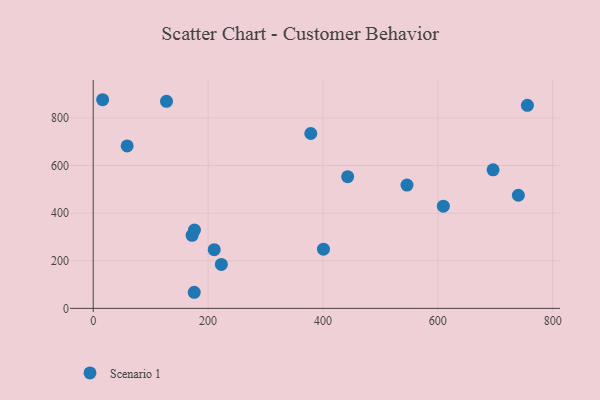
{"axis": {"x": "Experience", "y": "Exam Score"}, "legend": ["Scenario 1"], "data": [{"x": "223.1", "y": 184.5, "type": "Scenario 1"}, {"x": "16.4", "y": 876.6, "type": "Scenario 1"}, {"x": "696.2", "y": 582.2, "type": "Scenario 1"}, {"x": "546.3", "y": 518.0, "type": "Scenario 1"}, {"x": "609.6", "y": 429.2, "type": "Scenario 1"}, {"x": "210.7", "y": 246.7, "type": "Scenario 1"}, {"x": "127.6", "y": 869.9, "type": "Scenario 1"}, {"x": "443.0", "y": 553.3, "type": "Scenario 1"}, {"x": "755.9", "y": 853.1, "type": "Scenario 1"}, {"x": "172.2", "y": 306.7, "type": "Scenario 1"}, {"x": "176.3", "y": 328.9, "type": "Scenario 1"}, {"x": "59.1", "y": 682.7, "type": "Scenario 1"}, {"x": "400.9", "y": 248.6, "type": "Scenario 1"}, {"x": "740.2", "y": 475.2, "type": "Scenario 1"}, {"x": "378.8", "y": 734.7, "type": "Scenario 1"}, {"x": "175.9", "y": 67.6, "type": "Scenario 1"}]}